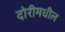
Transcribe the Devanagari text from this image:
दोरीमधील